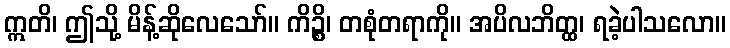
ဣတိ၊ ဤသို့ မိန့်ဆိုလေသော်။ ကိဉ္စိ၊ တစုံတရာကို။ အပိလဘိတ္ထ၊ ရခဲ့ပါသလော။